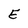
Character: E